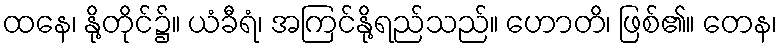
ထနေ၊ နို့တိုင်၌။ ယံခီရံ၊ အကြင်နို့ရည်သည်။ ဟောတိ၊ ဖြစ်၏။ တေန၊